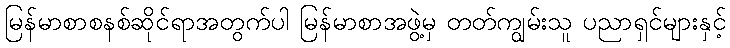
မြန်မာစာစနစ်ဆိုင်ရာအတွက်ပါ မြန်မာစာအဖွဲ့မှ တတ်ကျွမ်းသူ ပညာရှင်များနှင့်